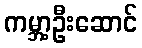
ကမ္ဘာ့ဦးဆောင်